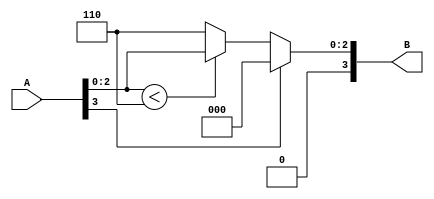
module relu6
(input [3:0] A,
output [3:0] B
);
wire [2:0] C;
assign C = A[2:0];
assign B = (A[3] == 1'b1) ? 0:
	((C < 3'b110) ? A:
	{{1'b0},{3'b110}});
endmodule